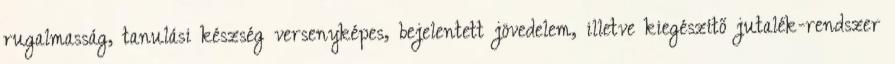
rugalmasság, tanulási készség versenyképes, bejelentett jövedelem, illetve kiegészítő jutalék-rendszer